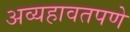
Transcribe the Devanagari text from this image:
अव्यहावतपणे